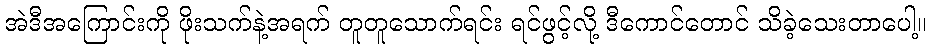
အဲဒီအကြောင်းကို ဖိုးသက်နဲ့အရက် တူတူသောက်ရင်း ရင်ဖွင့်လို့ ဒီကောင်တောင် သိခဲ့သေးတာပေါ့။